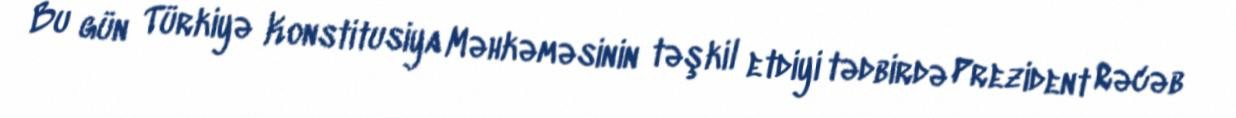
Bu gün Türkiyə Konstitusiya Məhkəməsinin təşkil etdiyi tədbirdə Prezident Rəcəb